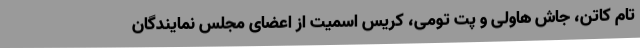
تام کاتن، جاش هاولی و پت تومی، کریس اسمیت از اعضای مجلس نمایندگان